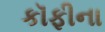
કૉફીના